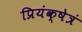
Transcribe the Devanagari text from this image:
प्रियंक्षेत्रं